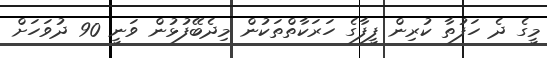
މީގެ ދެ ހަފުތާ ކުރިން ފީފާގެ ހަރަކާތްތަކުން މިދެބޭފުޅުން ވަނީ 90 ދުވަހަށް